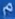
m